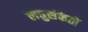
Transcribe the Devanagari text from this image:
लघुसंकेतों